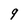
Character: 9